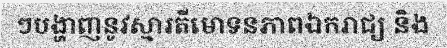
ៗបង្ហាញនូវស្មារតីមោទនភាពឯករាជ្យ និង